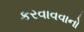
કરવાવવાનો